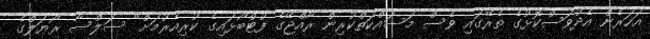
އަހަރެން އެދުވަސްކޮޅުގެ ތެރޭގައި ވެސް މަސައްކަތްކުރިން ރާއްޖޭގެ ފުޓްބޯޅައިގެ ކުރިއެރުމަށް" ސަލްސާ ރޯޔަލްގެ